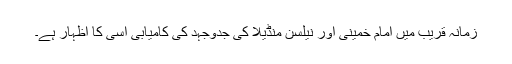
زمانہ قریب میں امام خمینی اور نیلسن منڈیلا کی جدوجہد کی کامیابی اسی کا اظہار ہے۔